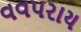
વવપરાય